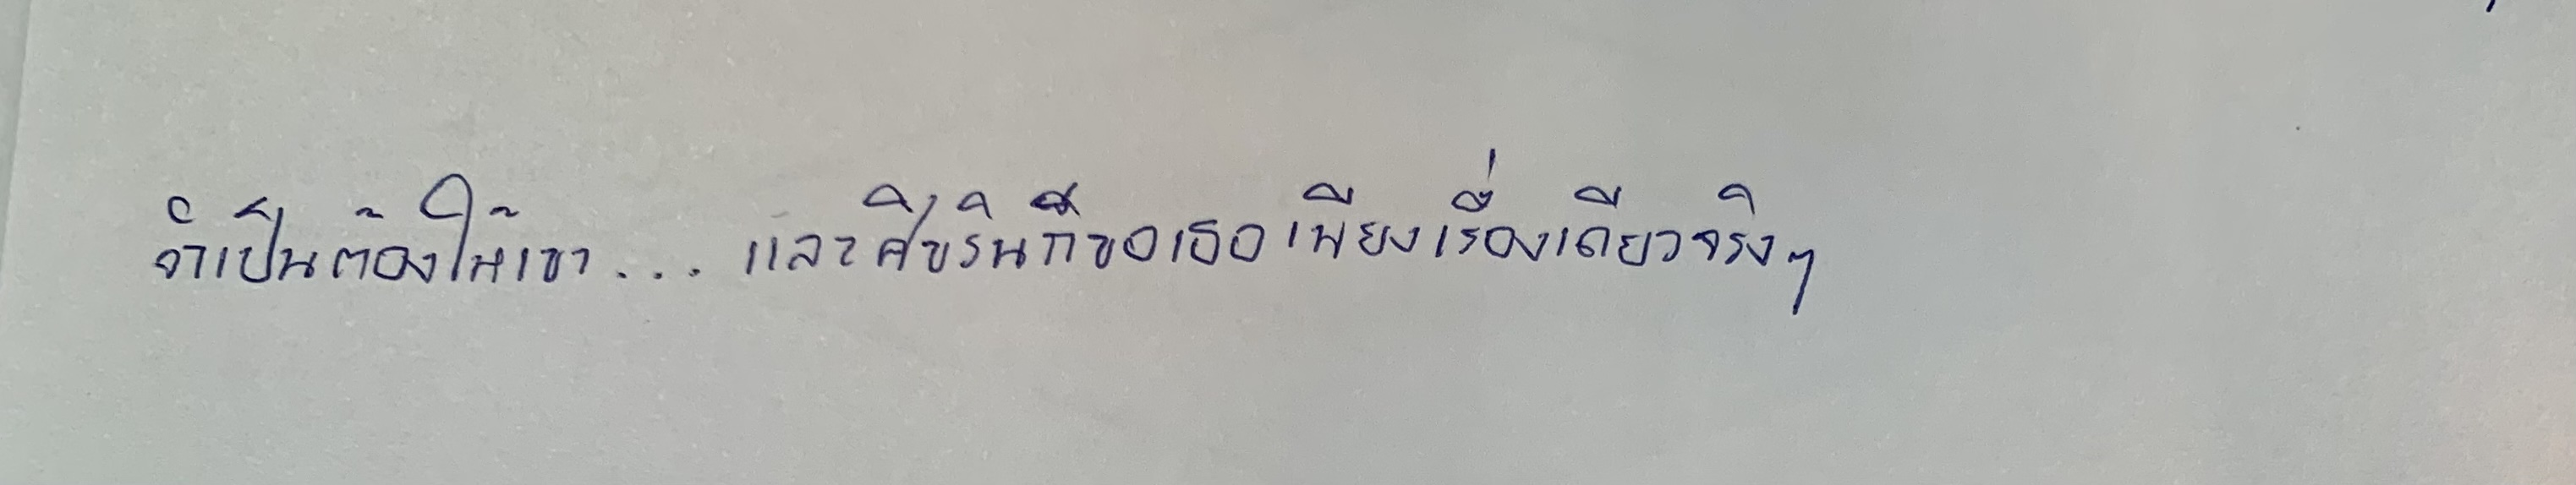
จำเป็นต้องให้เขา...และศิขรินก็ขอเธอเพียงเรื่องเดียวจริงๆ